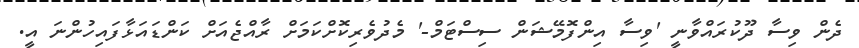
ދެން ވިސާ ދޫކުރައްވާނީ 'ވިސާ އިންފޮމޭޝަން ސިސްޓަމް-' މެދުވެރިކޮށްކަމަށް ރާއްޖެއަށް ކަންޑައަޅާފައިހުންނަ އީ.